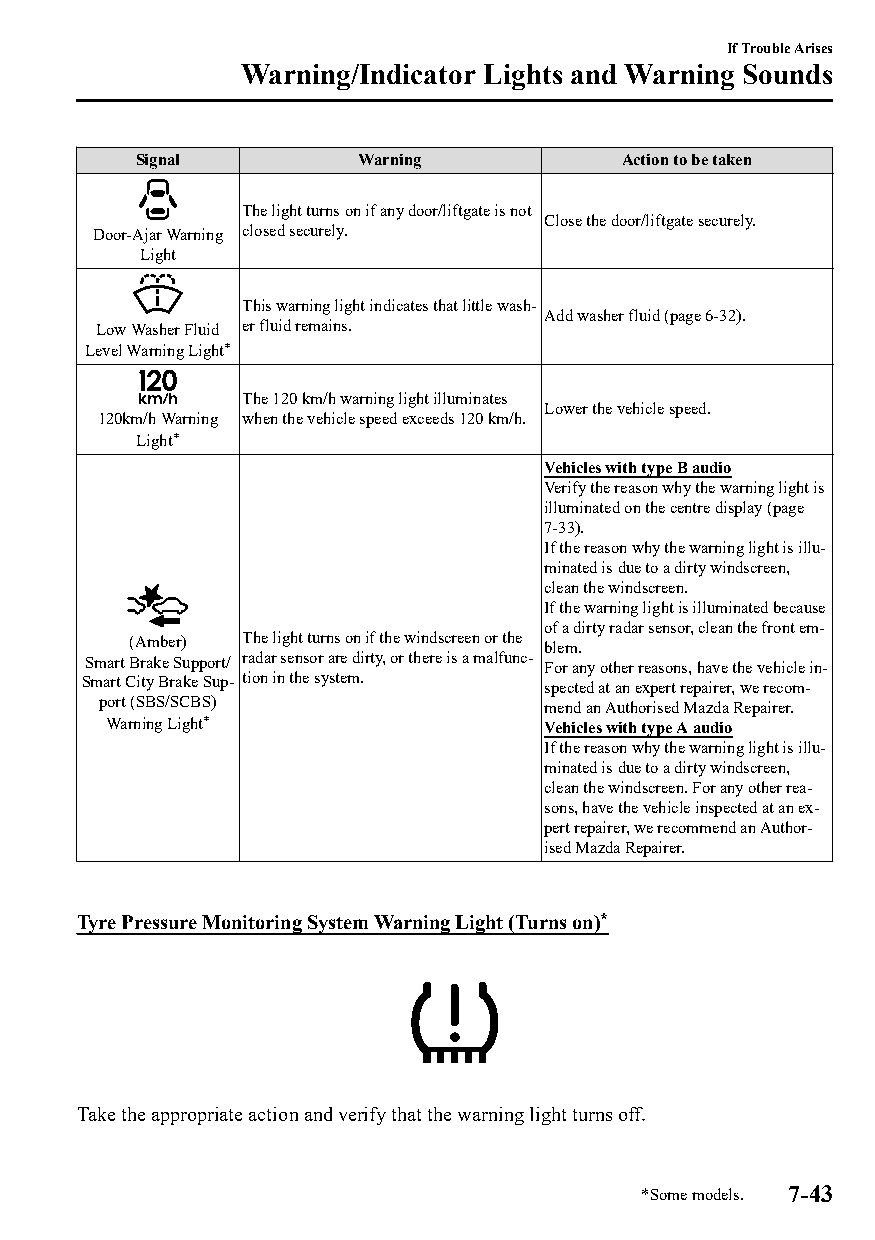
If Trouble Arises
 Warning/Indicator Lights and Warning Sounds
 Signal        Warning           Action to be taken
 The light turns on if any door/liftgate is not
 Close the door/liftgate securely.
 Door-Ajar Warning closed securely.
 Light
 This warning light indicates that little wash‐
 Add washer fluid (page 6-32).
 Low Washer Fluid er fluid remains.
 Level Warning Light*
 The 120 km/h warning light illuminates
 Lower the vehicle speed.
 120km/h Warning when the vehicle speed exceeds 120 km/h.
 Light*
 Vehicles with type B audio
 Verify the reason why the warning light is
 illuminated on the centre display (page
 7-33).
 If the reason why the warning light is illu‐
 minated is due to a dirty windscreen,
 clean the windscreen.
 If the warning light is illuminated because
 of a dirty radar sensor, clean the front em‐
 (Amber) The light turns on if the windscreen or the blem.
 Smart Brake Support/ radar sensor are dirty, or there is a malfunc‐ For any other reasons, have the vehicle in‐
 Smart City Brake Sup‐ tion in the system. spected at an expert repairer, we recom‐
 port (SBS/SCBS)               mend an Authorised Mazda Repairer.
 Warning Light*               Vehicles with type A audio
 If the reason why the warning light is illu‐
 minated is due to a dirty windscreen,
 clean the windscreen. For any other rea‐
 sons, have the vehicle inspected at an ex‐
 pert repairer, we recommend an Author‐
 ised Mazda Repairer.
 Tyre Pressure Monitoring System Warning Light (Turns on)*
 Take the appropriate action and verify that the warning light turns off.
 *Some models. 7-43
 CX-3_8GT4-EE-18D_Edition4                  2018-9-6 18:32:19